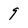
Character: 9